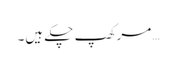
… مرکھپ چکے ہیں۔